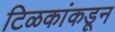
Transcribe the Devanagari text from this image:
टिळकांकडून